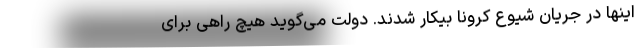
اینها در جریان شیوع کرونا بیکار شدند. دولت می‌گوید هیچ راهی برای